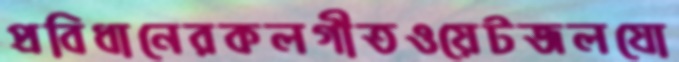
প্রবিধানেরকলগীতওয়েটজলযো